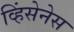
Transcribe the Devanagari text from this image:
व्हिंसेनेस